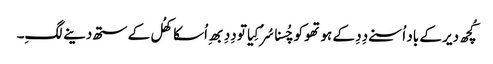
کُچھ دیر کے باد اُسنے دِدِ کے ہوتھو کو چُسنا سُرُ کِیا تو دِدِ بھِ اُسکا کھُل کے ستھ دینے لگِ۔